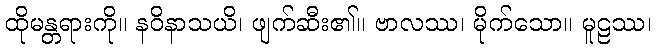
ထိုမန္တရားကို။ နဝိနာသယိ၊ ဖျက်ဆီး၏။ ဗာလဿ၊ မိုက်သော။ မူဠဿ၊